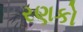
રણકો